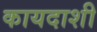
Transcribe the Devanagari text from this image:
कायदाशी